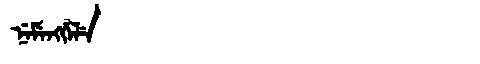
Manchu: ᠨᡝᠮᡝᠩᡤᡝᠯᡝ
Romanization: NEMENGGELE